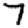
Digit: 7